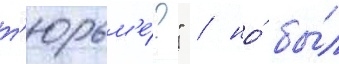
т'юрьм'е́?" / но́ бы́л